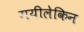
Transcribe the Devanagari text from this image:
गयीलेकिन